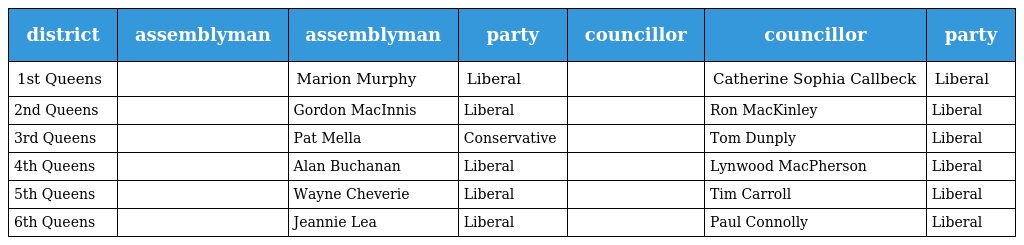
| district | assemblyman | assemblyman | party | councillor | councillor | party |
 | --- | --- | --- | --- | --- | --- | --- |
 | 1st Queens |  | Marion Murphy | Liberal |  | Catherine Sophia Callbeck | Liberal |
 | 2nd Queens |  | Gordon MacInnis | Liberal |  | Ron MacKinley | Liberal |
 | 3rd Queens |  | Pat Mella | Conservative |  | Tom Dunply | Liberal |
 | 4th Queens |  | Alan Buchanan | Liberal |  | Lynwood MacPherson | Liberal |
 | 5th Queens |  | Wayne Cheverie | Liberal |  | Tim Carroll | Liberal |
 | 6th Queens |  | Jeannie Lea | Liberal |  | Paul Connolly | Liberal |